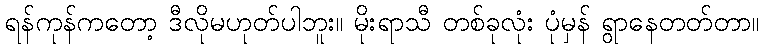
ရန်ကုန်ကတော့ ဒီလိုမဟုတ်ပါဘူး။ မိုးရာသီ တစ်ခုလုံး ပုံမှန် ရွာနေတတ်တာ။